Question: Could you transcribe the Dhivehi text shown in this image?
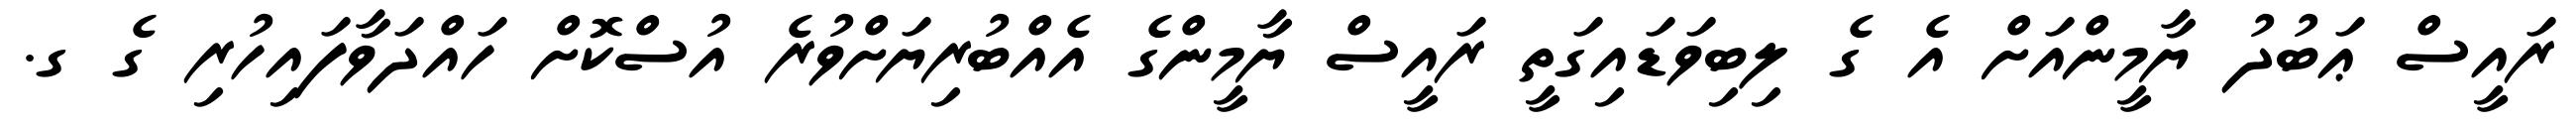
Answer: ރައީސް ޢަބުދު ޔާމީންއަށް އެ ގެ ލިބިވަޑައިގަތީ ރައީސް ޔާމީންގެ އެއްބުރިޔަށްވުރެ އުސްކޮށް ހައްދަވާފައިހުރި ގެ ގ.